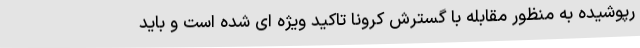
رپوشیده به منظور مقابله با گسترش کرونا تاکید ویژه ای شده است و باید